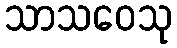
သာသဝေသု